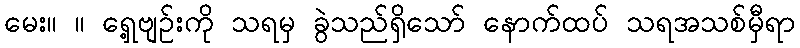
မေး။ ။ ရှေ့ဗျဉ်းကို သရမှ ခွဲသည်ရှိသော် နောက်ထပ် သရအသစ်မှီရာ